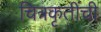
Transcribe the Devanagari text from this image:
चित्रकृतींची